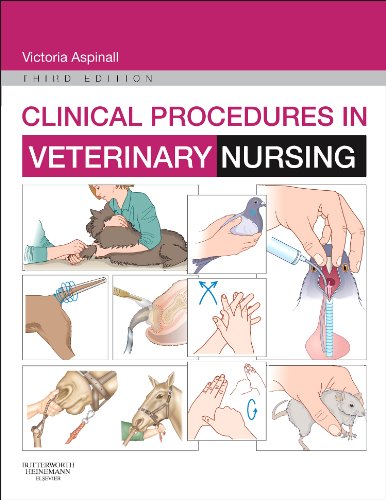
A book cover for Clinical Procedures in Veterinary Nursing, 3e; Victoria Aspinall BVSc  MRCVS; Medical Books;